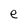
Character: e